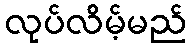
လုပ်လိမ့်မည်